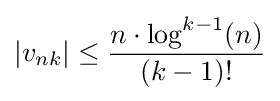
|v_{nk}|\leq {\frac {n\cdot \log ^{k-1}(n)}{(k-1)!}}